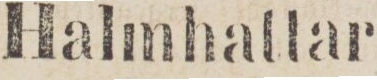
Halmhattar